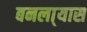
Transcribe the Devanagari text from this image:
बनला्यास